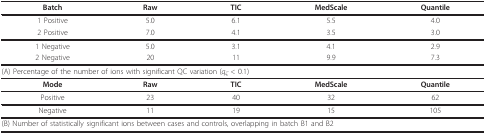
| Batch | Raw | TIC | MedScale | Quantile |
 | --- | --- | --- | --- | --- |
 | 1 Positive | 5.0 | 6.1 | 5.5 | 4.0 |
 | 2 Positive | 7.0 | 4.1 | 3.5 | 3.0 |
 | 1 Negative | 5.0 | 3.1 | 4.1 | 2.9 |
 | 2 Negative | 20 | 11 | 9.9 | 7.3 |
 | <COLSPAN=5> (A) Percentage of the number of ions with significant QC variation (qζ < 0.1) |
 | Mode | Raw | TIC | MedScale | Quantile |
 | Positive | 23 | 40 | 32 | 62 |
 | Negative | 11 | 19 | 15 | 105 |
 | <COLSPAN=5> (B) Number of statistically significant ions between cases and controls, overlapping in batch B1 and B2 |